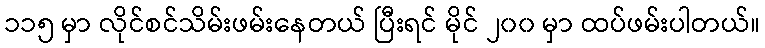
၁၁၅ မှာ လိုင်စင်သိမ်းဖမ်းနေတယ် ပြီးရင် မိုင် ၂၀၀ မှာ ထပ်ဖမ်းပါတယ်။